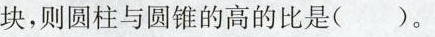
块，则圆柱与圆锥的高的比是()。